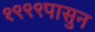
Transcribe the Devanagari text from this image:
१९९९पासुन